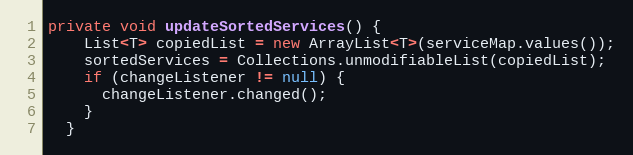
Language: Java
private void updateSortedServices() {
    List<T> copiedList = new ArrayList<T>(serviceMap.values());
    sortedServices = Collections.unmodifiableList(copiedList);
    if (changeListener != null) {
      changeListener.changed();
    }
  }